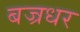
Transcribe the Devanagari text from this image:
बज्रधर